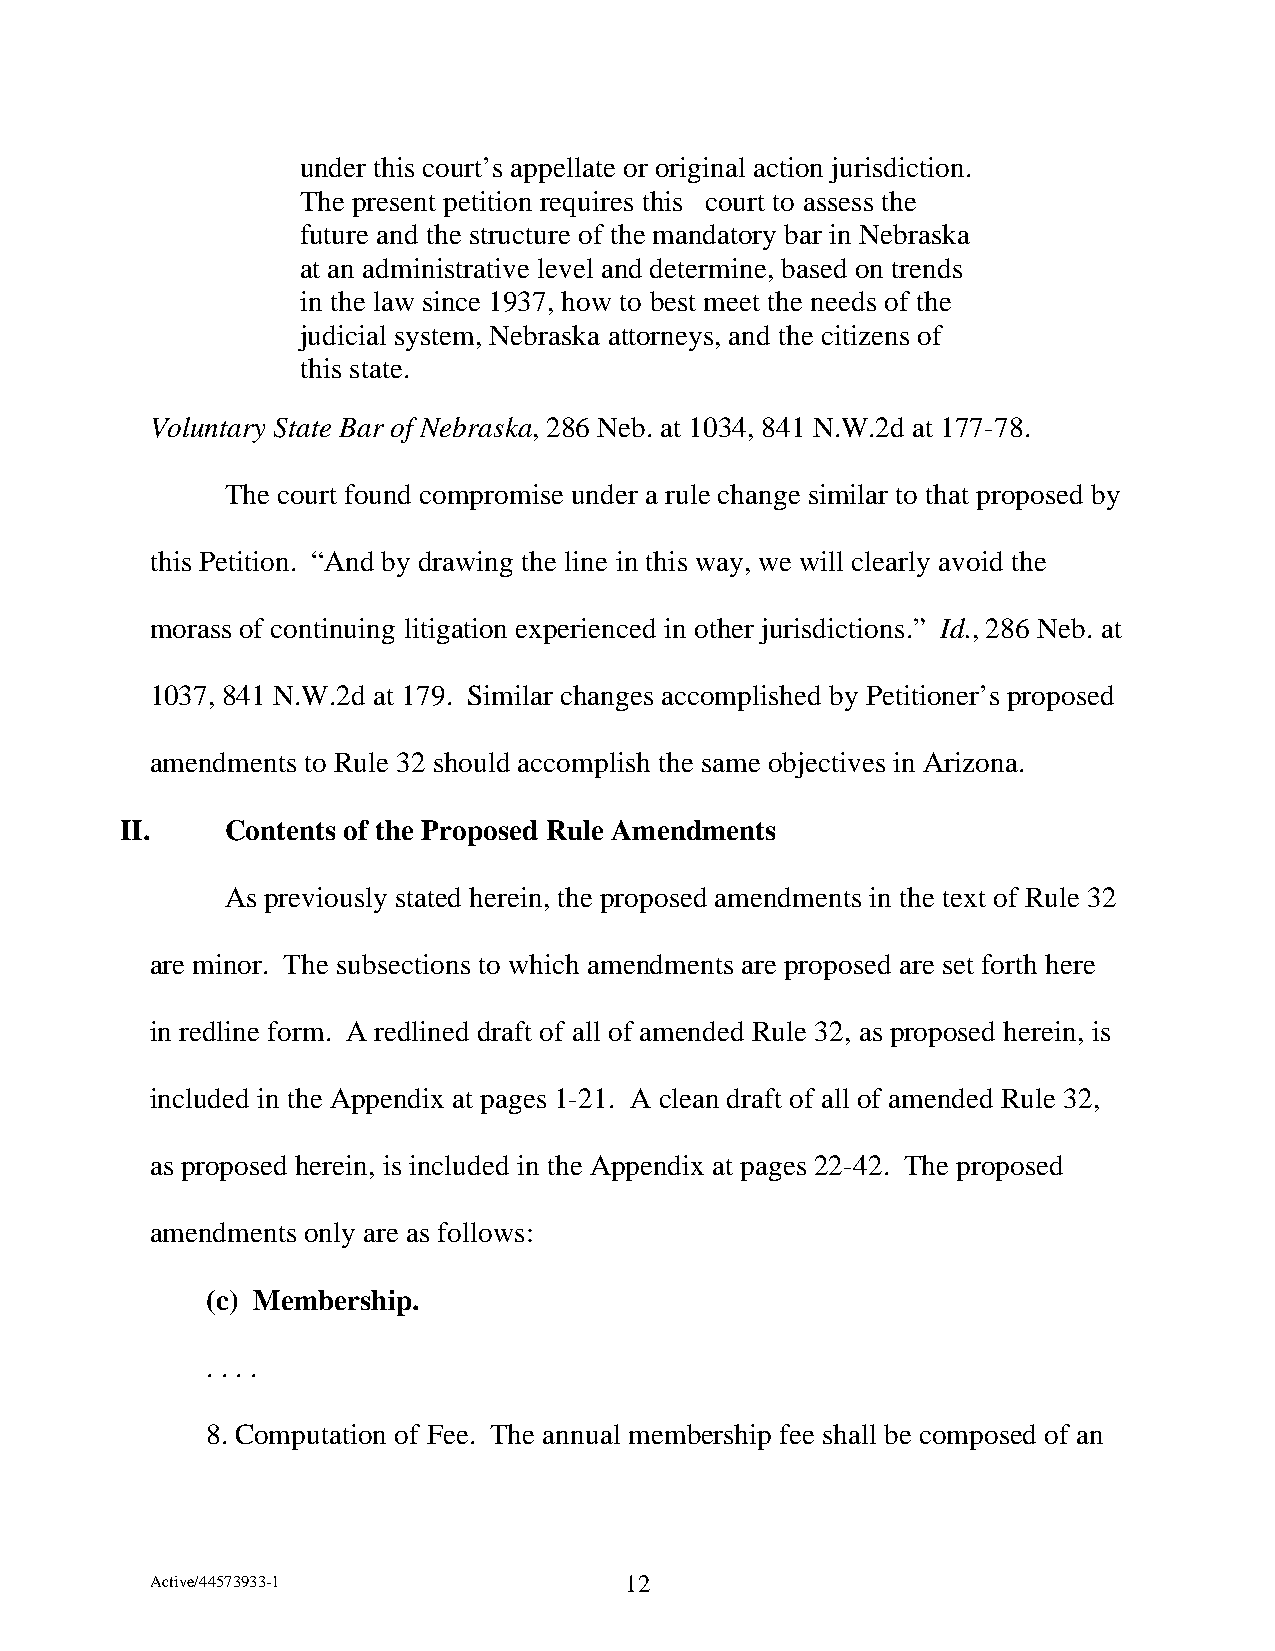
under this court’s appellate or original action jurisdiction.
 The present petition requires this court to assess the
 future and the structure of the mandatory bar in Nebraska
 at an administrative level and determine, based on trends
 in the law since 1937, how to best meet the needs of the
 judicial system, Nebraska attorneys, and the citizens of
 this state.
 Voluntary State Bar of Nebraska, 286 Neb. at 1034, 841 N.W.2d at 177-78.
 The court found compromise under a rule change similar to that proposed by
 this Petition. “And by drawing the line in this way, we will clearly avoid the
 morass of continuing litigation experienced in other jurisdictions.” Id., 286 Neb. at
 1037, 841 N.W.2d at 179. Similar changes accomplished by Petitioner’s proposed
 amendments to Rule 32 should accomplish the same objectives in Arizona.
 II.    Contents of the Proposed Rule Amendments
 As previously stated herein, the proposed amendments in the text of Rule 32
 are minor. The subsections to which amendments are proposed are set forth here
 in redline form. A redlined draft of all of amended Rule 32, as proposed herein, is
 included in the Appendix at pages 1-21. A clean draft of all of amended Rule 32,
 as proposed herein, is included in the Appendix at pages 22-42. The proposed
 amendments only are as follows:
 (c) Membership.
 . . . .
 8. Computation of Fee. The annual membership fee shall be composed of an
 Active/44573933-1              12